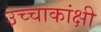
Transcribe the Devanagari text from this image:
उच्चाकांक्षी